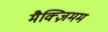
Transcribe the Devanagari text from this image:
मैक्ज़िमम